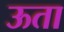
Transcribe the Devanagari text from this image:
ऊता